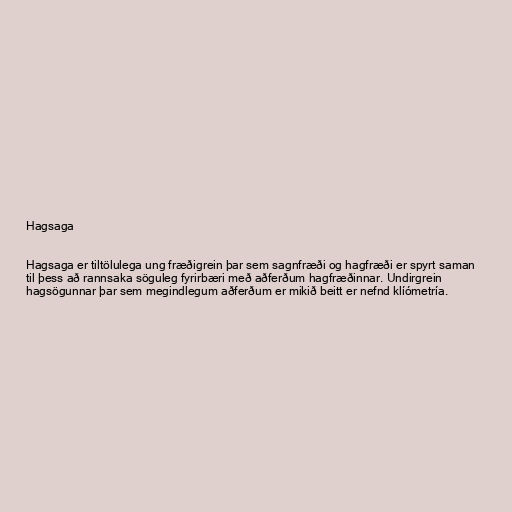
Hagsaga

Hagsaga er tiltölulega ung fræðigrein þar sem sagnfræði og hagfræði er spyrt saman
til þess að rannsaka söguleg fyrirbæri með aðferðum hagfræðinnar. Undirgrein
hagsögunnar þar sem megindlegum aðferðum er mikið beitt er nefnd klíómetría.